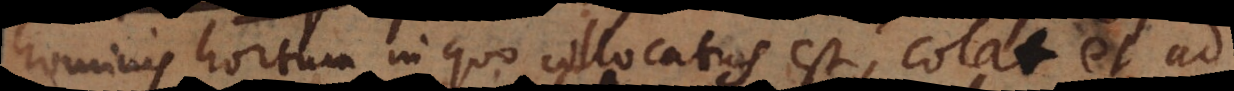
hominis hortum in quo collocatus est, colat, et ad